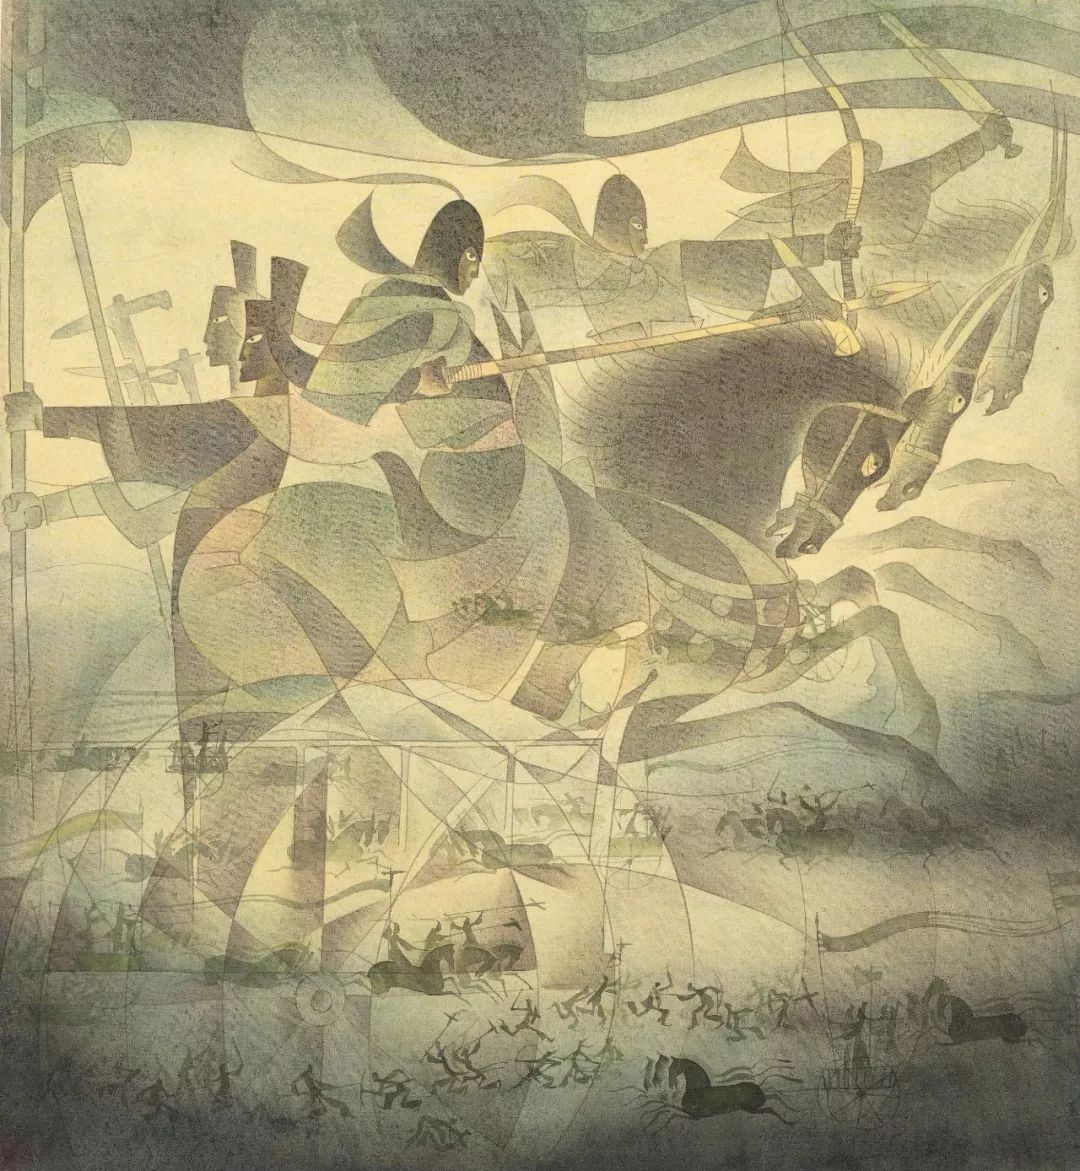
操吴戈兮被犀甲，车错毂兮短兵接。